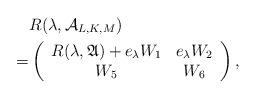
LaTeX: \begin{align*} &R(\lambda,\mathcal {A}_{L,K,M})\\=&\left( \begin{array}{cc} R(\lambda,\mathfrak{A})+e_\lambda W_1 & e_\lambda W_2 \\ W_5& W_6 \\ \end{array}\right),\end{align*}